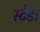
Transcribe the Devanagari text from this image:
स्टेंड।